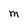
Character: M